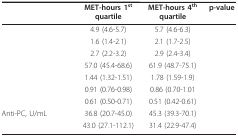
<table><thead><tr><td>[EMPTY_CELL]</td><td><b>MET-hours 1<sup>st </sup>quartile</b></td><td><b>MET-hours 4<sup>th </sup>quartile</b></td><td><b>p-value</b></td></tr></thead><tbody><tr><td>[EMPTY_CELL]</td><td>4.9 (4.6-5.7)</td><td>5.7 (4.6-6.3)</td><td>[EMPTY_CELL]</td></tr><tr><td>[EMPTY_CELL]</td><td>1.6 (1.4-2.1)</td><td>2.1 (1.7-2.5)</td><td>[EMPTY_CELL]</td></tr><tr><td>[EMPTY_CELL]</td><td>2.7 (2.2-3.2)</td><td>2.9 (2.4-3.4)</td><td>[EMPTY_CELL]</td></tr><tr><td>[EMPTY_CELL]</td><td>57.0 (45.4-68.6)</td><td>61.9 (48.7-75.1)</td><td>[EMPTY_CELL]</td></tr><tr><td>[EMPTY_CELL]</td><td>1.44 (1.32-1.51)</td><td>1.78 (1.59-1.9)</td><td>[EMPTY_CELL]</td></tr><tr><td>[EMPTY_CELL]</td><td>0.91 (0.76-0.98)</td><td>0.86 (0.70-1.01</td><td>[EMPTY_CELL]</td></tr><tr><td>[EMPTY_CELL]</td><td>0.61 (0.50-0.71)</td><td>0.51 (0.42-0.61)</td><td>[EMPTY_CELL]</td></tr><tr><td>Anti-PC, U/mL</td><td>36.8 (20.7-45.0)</td><td>45.3 (39.3-70.1)</td><td>[EMPTY_CELL]</td></tr><tr><td>[EMPTY_CELL]</td><td>43.0 (27.1-112.1)</td><td>31.4 (22.9-47.4)</td><td>[EMPTY_CELL]</td></tr></tbody></table>